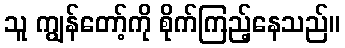
သူ ကျွန်တော့်ကို စိုက်ကြည့်နေသည်။